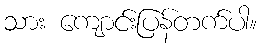
သား ကျောင်းပြန်တက်ပါ။